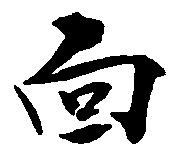
面